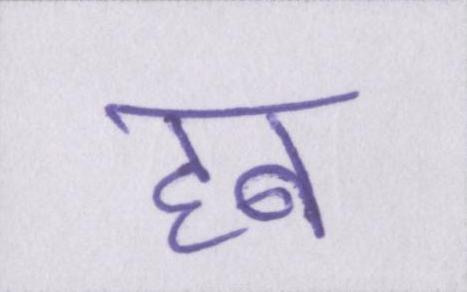
हब